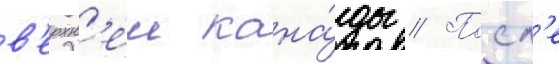
в'ерхн'еи кана́ды // Посл'е